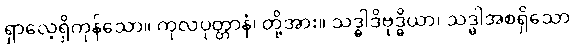
ရှာလေ့ရှိကုန်သော။ ကုလပုတ္တာနံ၊ တို့အား။ သဒ္ဓါဒိဗုဒ္ဓိယာ၊ သဒ္ဓါအစရှိသော